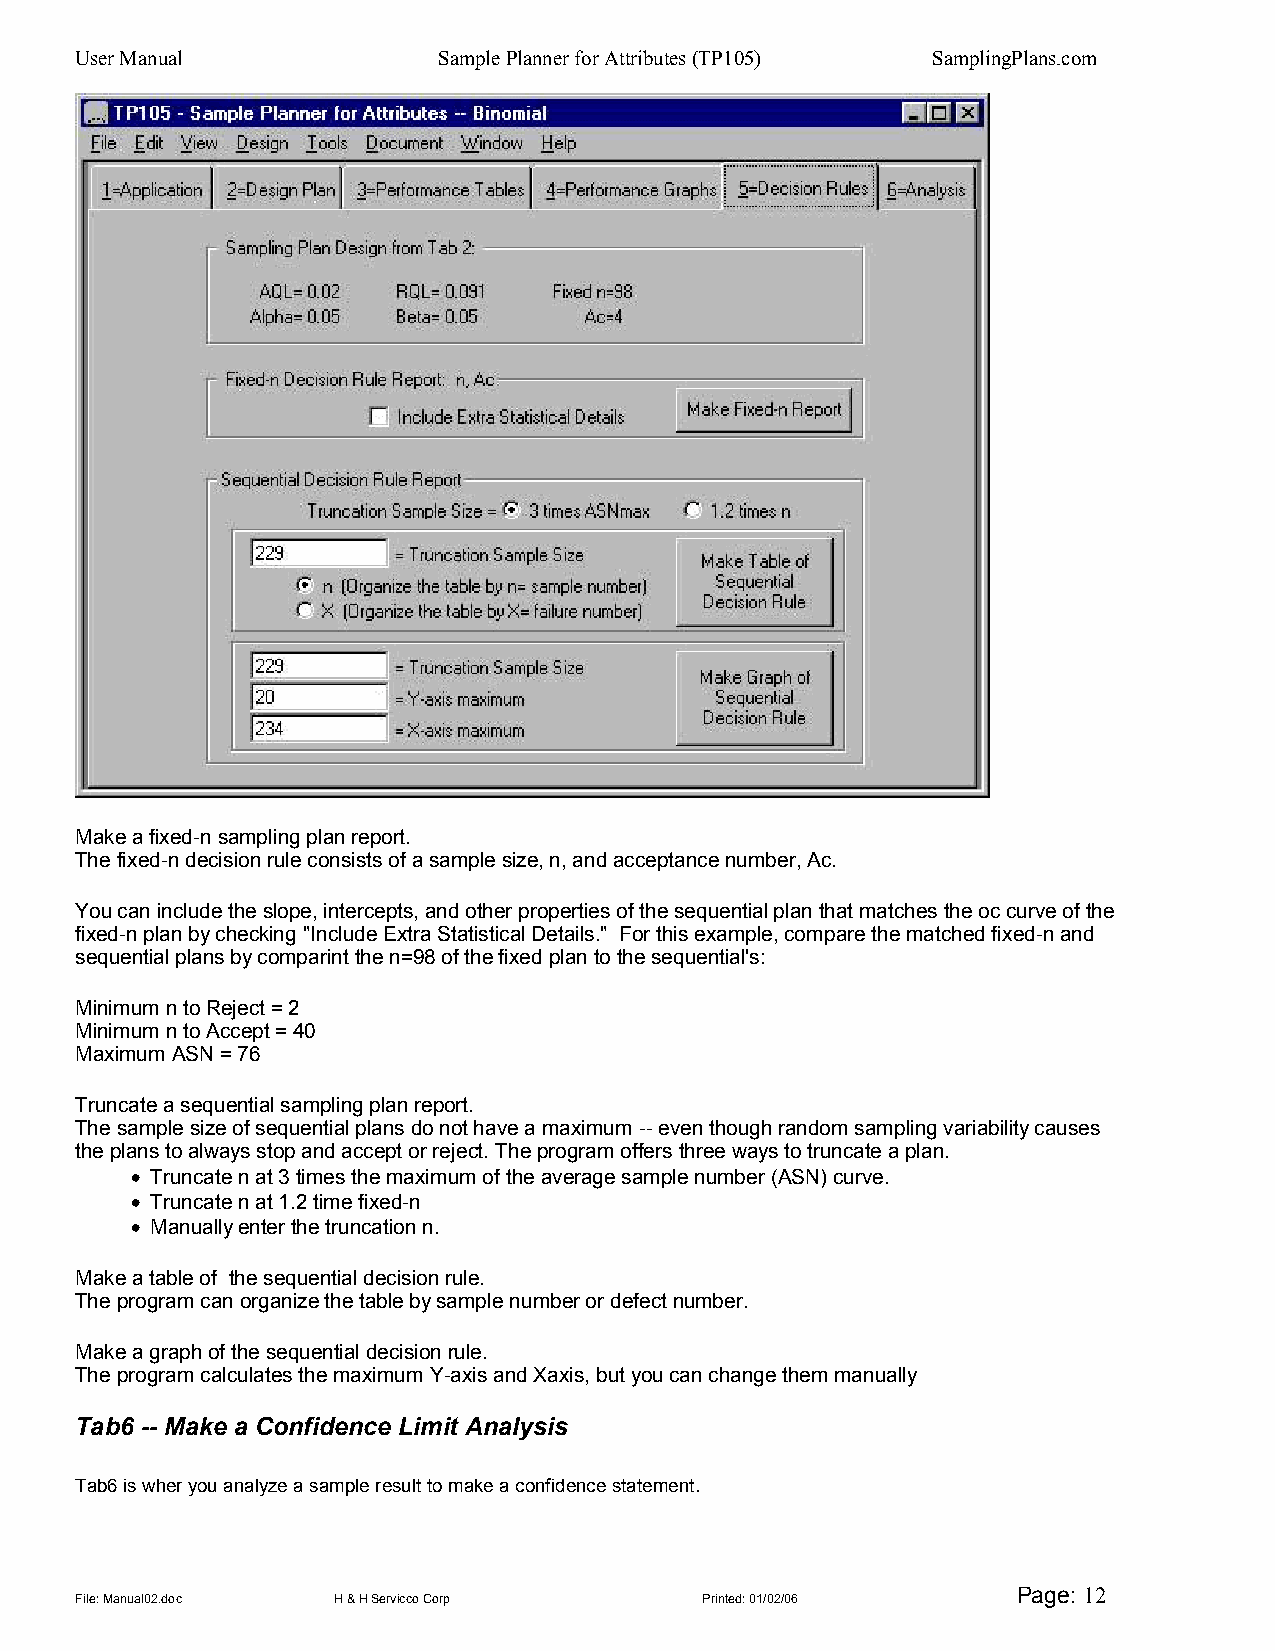
User Manual             Sample Planner for Attributes (TP105) SamplingPlans.com
 Make a fixed-n sampling plan report.
 The fixed-n decision rule consists of a sample size, n, and acceptance number, Ac.
 You can include the slope, intercepts, and other properties of the sequential plan that matches the oc curve of the
 fixed-n plan by checking "Include Extra Statistical Details." For this example, compare the matched fixed-n and
 sequential plans by comparint the n=98 of the fixed plan to the sequential's:
 Minimum n to Reject = 2
 Minimum n to Accept = 40
 Maximum ASN = 76
 Truncate a sequential sampling plan report.
 The sample size of sequential plans do not have a maximum -- even though random sampling variability causes
 the plans to always stop and accept or reject. The program offers three ways to truncate a plan.
 • Truncate n at 3 times the maximum of the average sample number (ASN) curve.
 • Truncate n at 1.2 time fixed-n
 • Manually enter the truncation n.
 Make a table of the sequential decision rule.
 The program can organize the table by sample number or defect number.
 Make a graph of the sequential decision rule.
 The program calculates the maximum Y-axis and Xaxis, but you can change them manually
 Tab6 -- Make a Confidence Limit Analysis
 Tab6 is wher you analyze a sample result to make a confidence statement.
 Page: 12
 File: Manual02.doc H & H Servicco Corp   Printed: 01/02/06